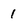
Character: 1